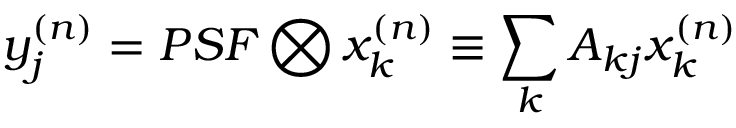
y _ { j } ^ { ( n ) } = P S F \bigotimes x _ { k } ^ { ( n ) } \equiv \sum _ { k } A _ { k j } x _ { k } ^ { ( n ) }